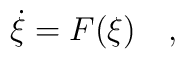
\dot{\xi}=F(\xi)\ \ \ ,